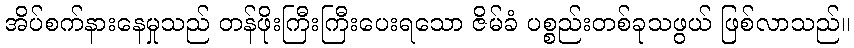
အိပ်စက်နားနေမှုသည် တန်ဖိုးကြီးကြီးပေးရသော ဇိမ်ခံ ပစ္စည်းတစ်ခုသဖွယ် ဖြစ်လာသည်။